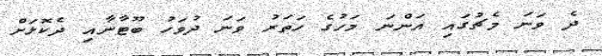
ދެ ވަނަ މެޗުގައި އަންނަ މަހުގެ ހަތަރު ވަނަ ދުވަހު ބޫޓާނާއި ދެކޮޅަށް